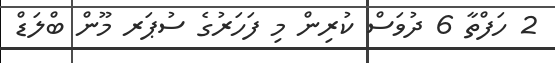
2 ހަފްތާ 6 ދުވަސް ކުރިން މި ފަހަރުގެ ސުޕަރ މޫން ބްލަޑް